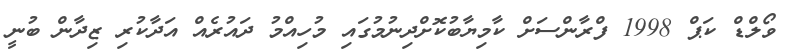
ވޯލްޑް ކަޕް 1998 ފްރާންސަށް ކާމިޔާބުކޮށްދިނުމުގައި މުހިއްމު ދައުރެއް އަދާކުރި ޒިދާން ބުނީ